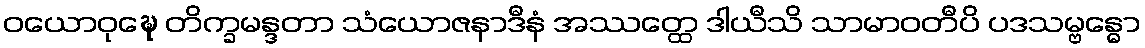
ဝယောဝုဍ္ဎေ တိက္ခမန္ဒတာ သံယောဇနာဒီနံ အဿတ္ထေ ဒါယီသိ သာမာဝတီပိ ပဒသမ္ဗန္ဓော